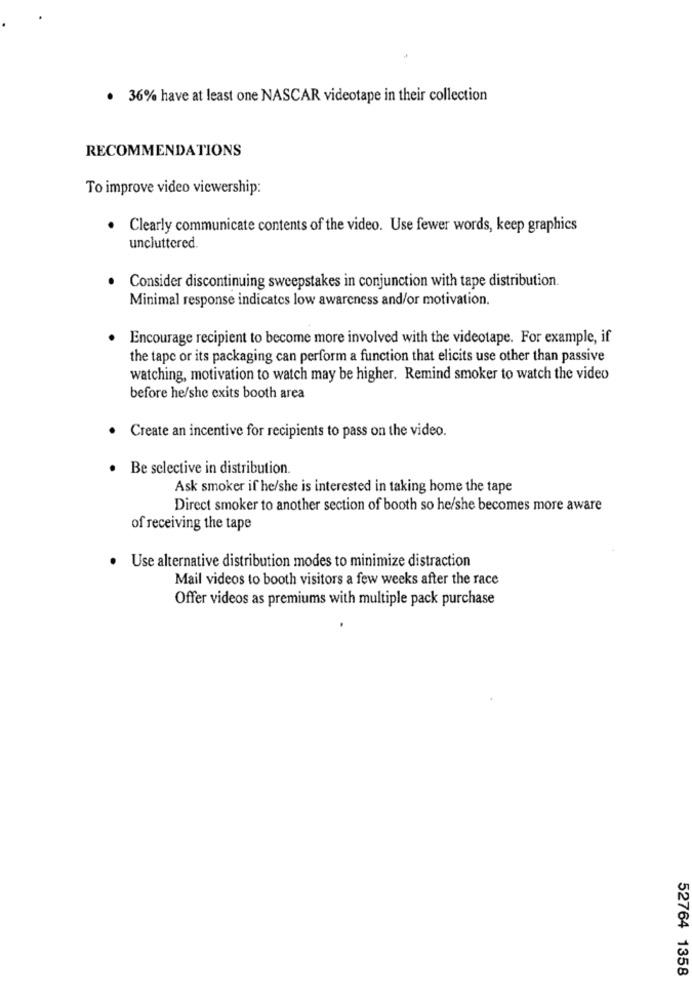
. 36% have at least one NASCAR videotape in their collection
RECOMMENDATIONS
To improve video viewership:
Clearly communicate contents of the video. Use fewer words, keep graphics
uncluttered.
Consider discontinuing sweepstakes in conjunction with tape distribution.
Minimal response indicates low awareness and/or motivation.
Encourage recipient to become more involved with the videotape. For example, if
the tape or its packaging can perform a function that elicits use other than passive
watching, motivation to watch may be higher. Remind smoker to watch the video
before he/she exits booth area
Create an incentive for recipients to pass on the video.
Be selective in distribution.
Ask smoker if he/she is interested in taking home the tape
Direct smoker to another section of booth so he/she becomes more aware
of receiving the tape
Use alternative distribution modes to minimize distraction
Mail videos to booth visitors a few weeks after the race
Offer videos as premiums with multiple pack purchase
52764 1358